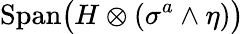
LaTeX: {\mathrm{Span}}\big(H\otimes(\sigma^{a}\wedge\eta)\big)